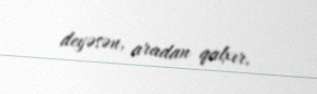
deyəsən, aradan qalxır.